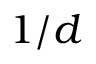
1 / d